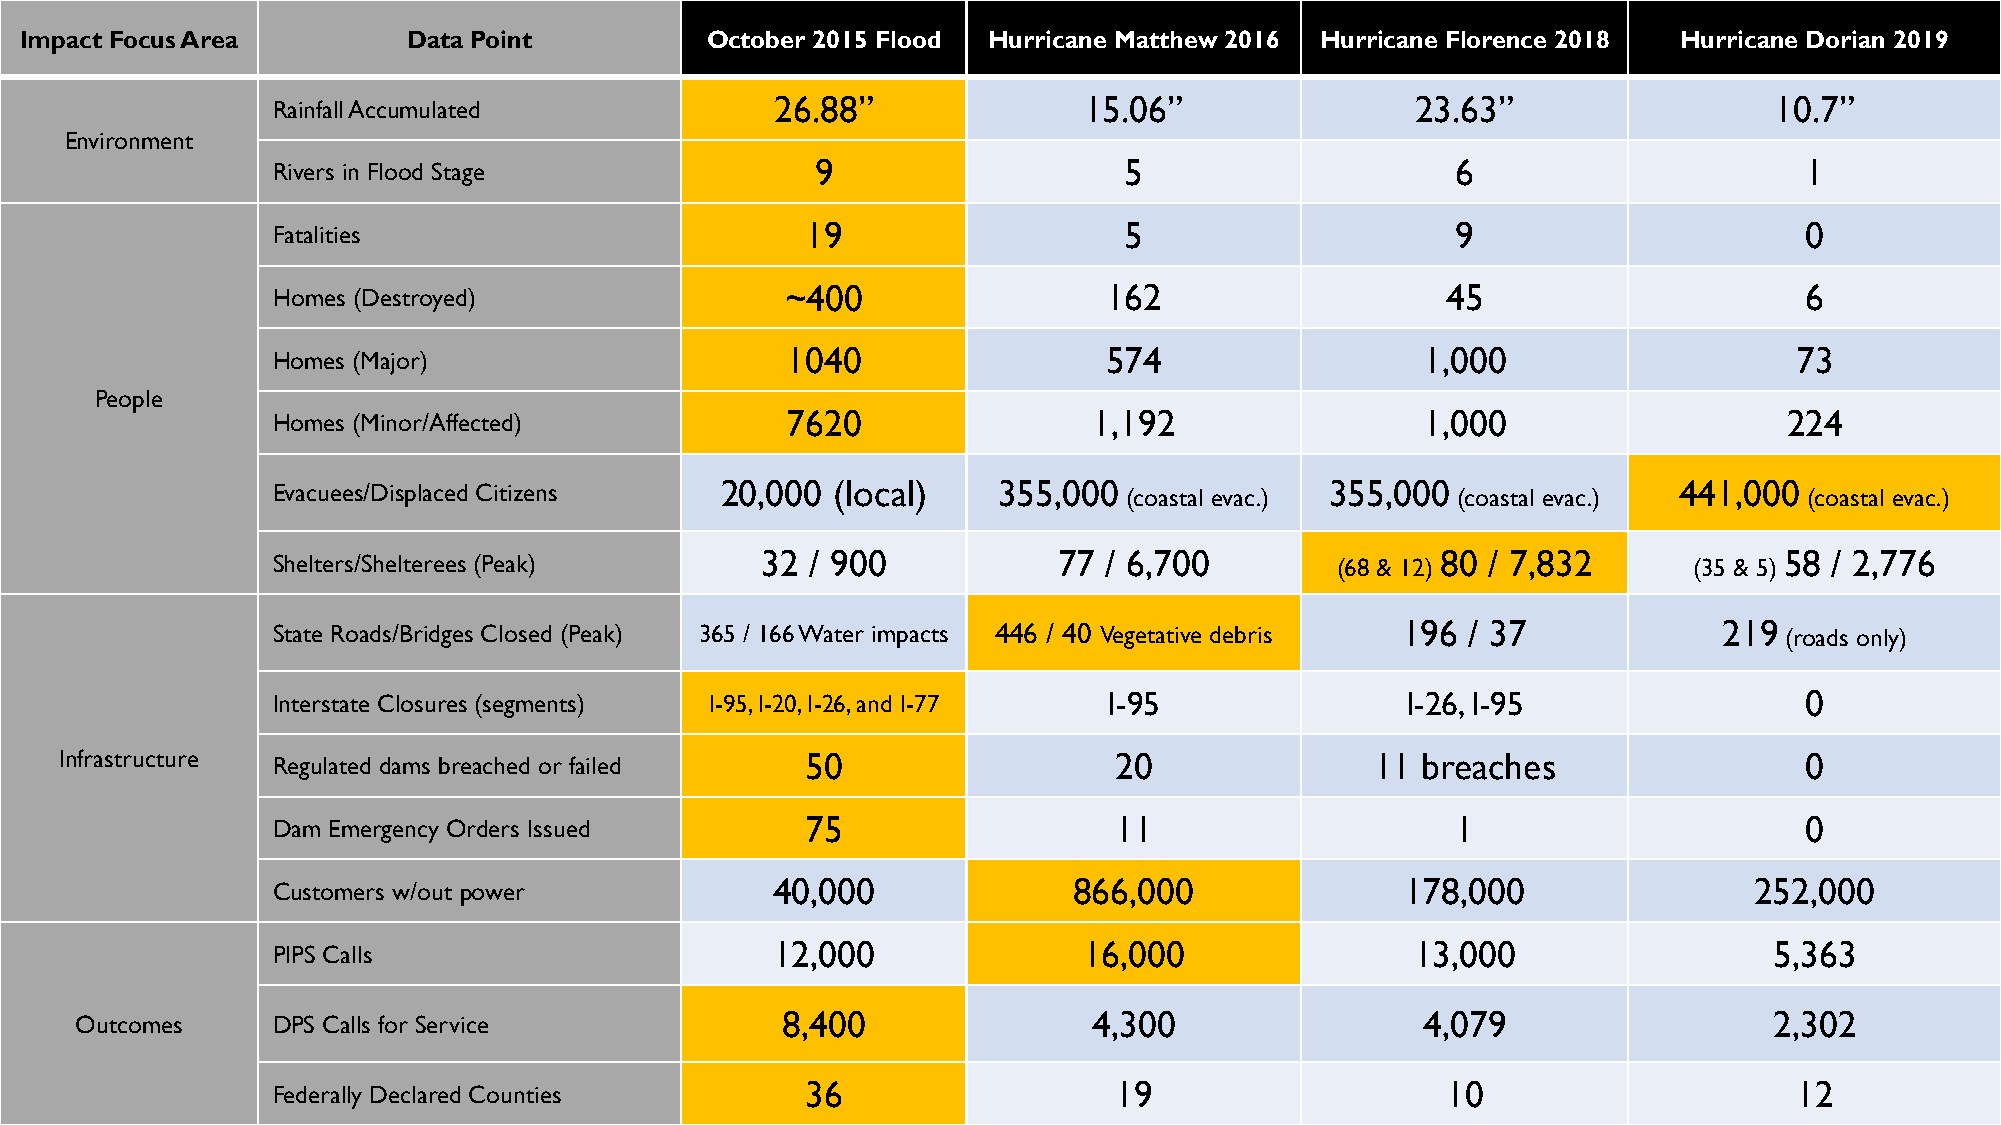
Impact Focus Area         Data Point          October 2015 Flood Hurricane Matthew 2016 Hurricane Florence 2018 Hurricane Dorian 2019
 Rainfall Accumulated             26.88”               15.06”                23.63”                 10.7”
 Environment
 Rivers in Flood Stage               9                   5                     6                      1
 Fatalities                         19                   5                     9                      0
 Homes (Destroyed)                 ~400                 162                    45                     6
 Homes (Major)                     1040                 574                  1,000                    73
 People
 Homes (Minor/Affected)            7620                1,192                 1,000                   224
 Evacuees/Displaced Citizens   20,000 (local)    355,000  (coastal evac.) 355,000 (coastal evac.) 441,000 (coastal evac.)
 Shelters/Shelterees (Peak)      32  / 900           77 / 6,700        (68 & 12) 80 / 7,832    (35 & 5) 58 / 2,776
 State Roads/Bridges Closed (Peak) 365 / 166 Water impacts 446 / 40 Vegetative debris 196 / 37   219 (roads only)
 Interstate Closures (segments) I-95, I-20, I-26, and I-77 I-95             I-26, I-95                0
 Infrastructure Regulated dams breached or failed 50                   20               11 breaches                 0
 Dam Emergency Orders Issued        75                   11                    1                      0
 Customers w/out power            40,000              866,000               178,000                252,000
 PIPS Calls                       12,000               16,000                13,000                 5,363
 Outcomes     DPS Calls for Service             8,400               4,300                 4,079                  2,302
 Federally Declared Counties        36                   19                    10                     12